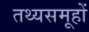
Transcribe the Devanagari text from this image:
तथ्यसमूहों